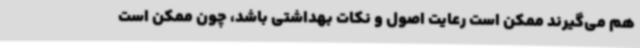
هم می‌گیرند ممکن است رعایت اصول و نکات بهداشتی باشد، چون ممکن است